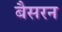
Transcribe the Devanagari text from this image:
बैसरन